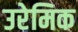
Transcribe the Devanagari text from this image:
उरेमिक